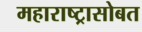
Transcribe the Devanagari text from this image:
महाराष्ट्रासोबत